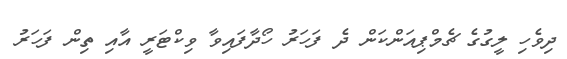
ދިވެހި ލީގުގެ ޗެމްޕިއަންކަން ދެ ފަހަރު ހޯދާފައިވާ ވިކްޓަރީ އާއި ތިން ފަހަރު